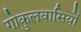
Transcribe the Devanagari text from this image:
गोकुलवासियों